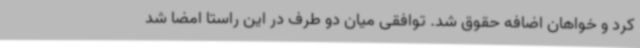
کرد و خواهان اضافه حقوق شد. توافقی میان دو طرف در این راستا امضا شد